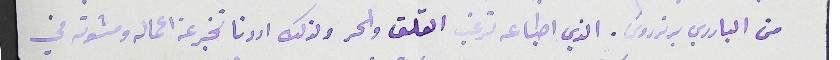
من البادري برنردوسَ. الذي اطباعه ترغب القلق والحر ولذلك اردنا نخبر عن اعماله ومشوته في